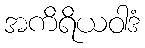
အကိရိယဝါဒံ